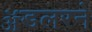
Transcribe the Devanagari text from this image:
ॲडलरने